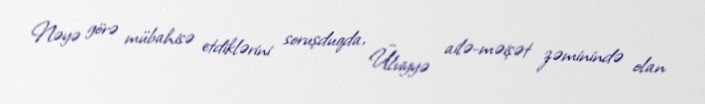
Nəyə görə mübahisə etdiklərini soruşduqda, Ülviyyə ailə-məişət zəminində olan